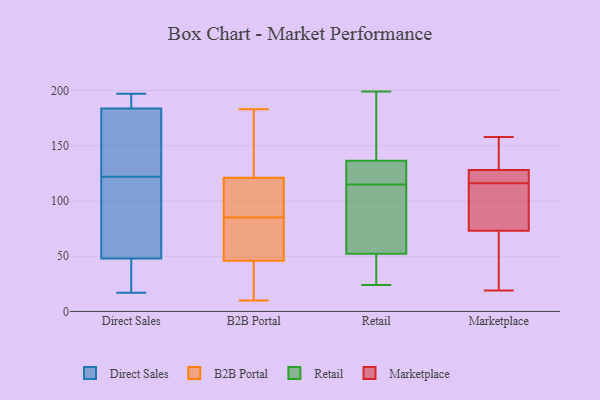
{"axis": {"x": "LTV (USD)", "y": "Value"}, "legend": ["B2B Portal", "Direct Sales", "Marketplace", "Retail"], "data": [{"x": "", "y": 60, "type": "Direct Sales"}, {"x": "", "y": 114, "type": "Direct Sales"}, {"x": "", "y": 44, "type": "Direct Sales"}, {"x": "", "y": 25, "type": "Direct Sales"}, {"x": "", "y": 122, "type": "Direct Sales"}, {"x": "", "y": 17, "type": "Direct Sales"}, {"x": "", "y": 194, "type": "Direct Sales"}, {"x": "", "y": 187, "type": "Direct Sales"}, {"x": "", "y": 174, "type": "Direct Sales"}, {"x": "", "y": 197, "type": "Direct Sales"}, {"x": "", "y": 149, "type": "Direct Sales"}, {"x": "", "y": 183, "type": "B2B Portal"}, {"x": "", "y": 84, "type": "B2B Portal"}, {"x": "", "y": 106, "type": "B2B Portal"}, {"x": "", "y": 21, "type": "B2B Portal"}, {"x": "", "y": 79, "type": "B2B Portal"}, {"x": "", "y": 121, "type": "B2B Portal"}, {"x": "", "y": 92, "type": "B2B Portal"}, {"x": "", "y": 164, "type": "B2B Portal"}, {"x": "", "y": 10, "type": "B2B Portal"}, {"x": "", "y": 10, "type": "B2B Portal"}, {"x": "", "y": 46, "type": "B2B Portal"}, {"x": "", "y": 55, "type": "B2B Portal"}, {"x": "", "y": 86, "type": "B2B Portal"}, {"x": "", "y": 165, "type": "B2B Portal"}, {"x": "", "y": 74, "type": "Retail"}, {"x": "", "y": 138, "type": "Retail"}, {"x": "", "y": 42, "type": "Retail"}, {"x": "", "y": 24, "type": "Retail"}, {"x": "", "y": 118, "type": "Retail"}, {"x": "", "y": 199, "type": "Retail"}, {"x": "", "y": 111, "type": "Retail"}, {"x": "", "y": 132, "type": "Retail"}, {"x": "", "y": 45, "type": "Retail"}, {"x": "", "y": 171, "type": "Retail"}, {"x": "", "y": 115, "type": "Retail"}, {"x": "", "y": 115, "type": "Marketplace"}, {"x": "", "y": 51, "type": "Marketplace"}, {"x": "", "y": 19, "type": "Marketplace"}, {"x": "", "y": 117, "type": "Marketplace"}, {"x": "", "y": 146, "type": "Marketplace"}, {"x": "", "y": 95, "type": "Marketplace"}, {"x": "", "y": 95, "type": "Marketplace"}, {"x": "", "y": 125, "type": "Marketplace"}, {"x": "", "y": 131, "type": "Marketplace"}, {"x": "", "y": 158, "type": "Marketplace"}, {"x": "", "y": 43, "type": "Marketplace"}, {"x": "", "y": 121, "type": "Marketplace"}]}